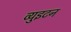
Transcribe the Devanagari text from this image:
व्युइटन